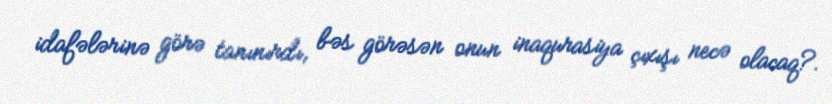
idafələrinə görə tanınırdı, bəs görəsən onun inaqurasiya çıxışı necə olacaq?.